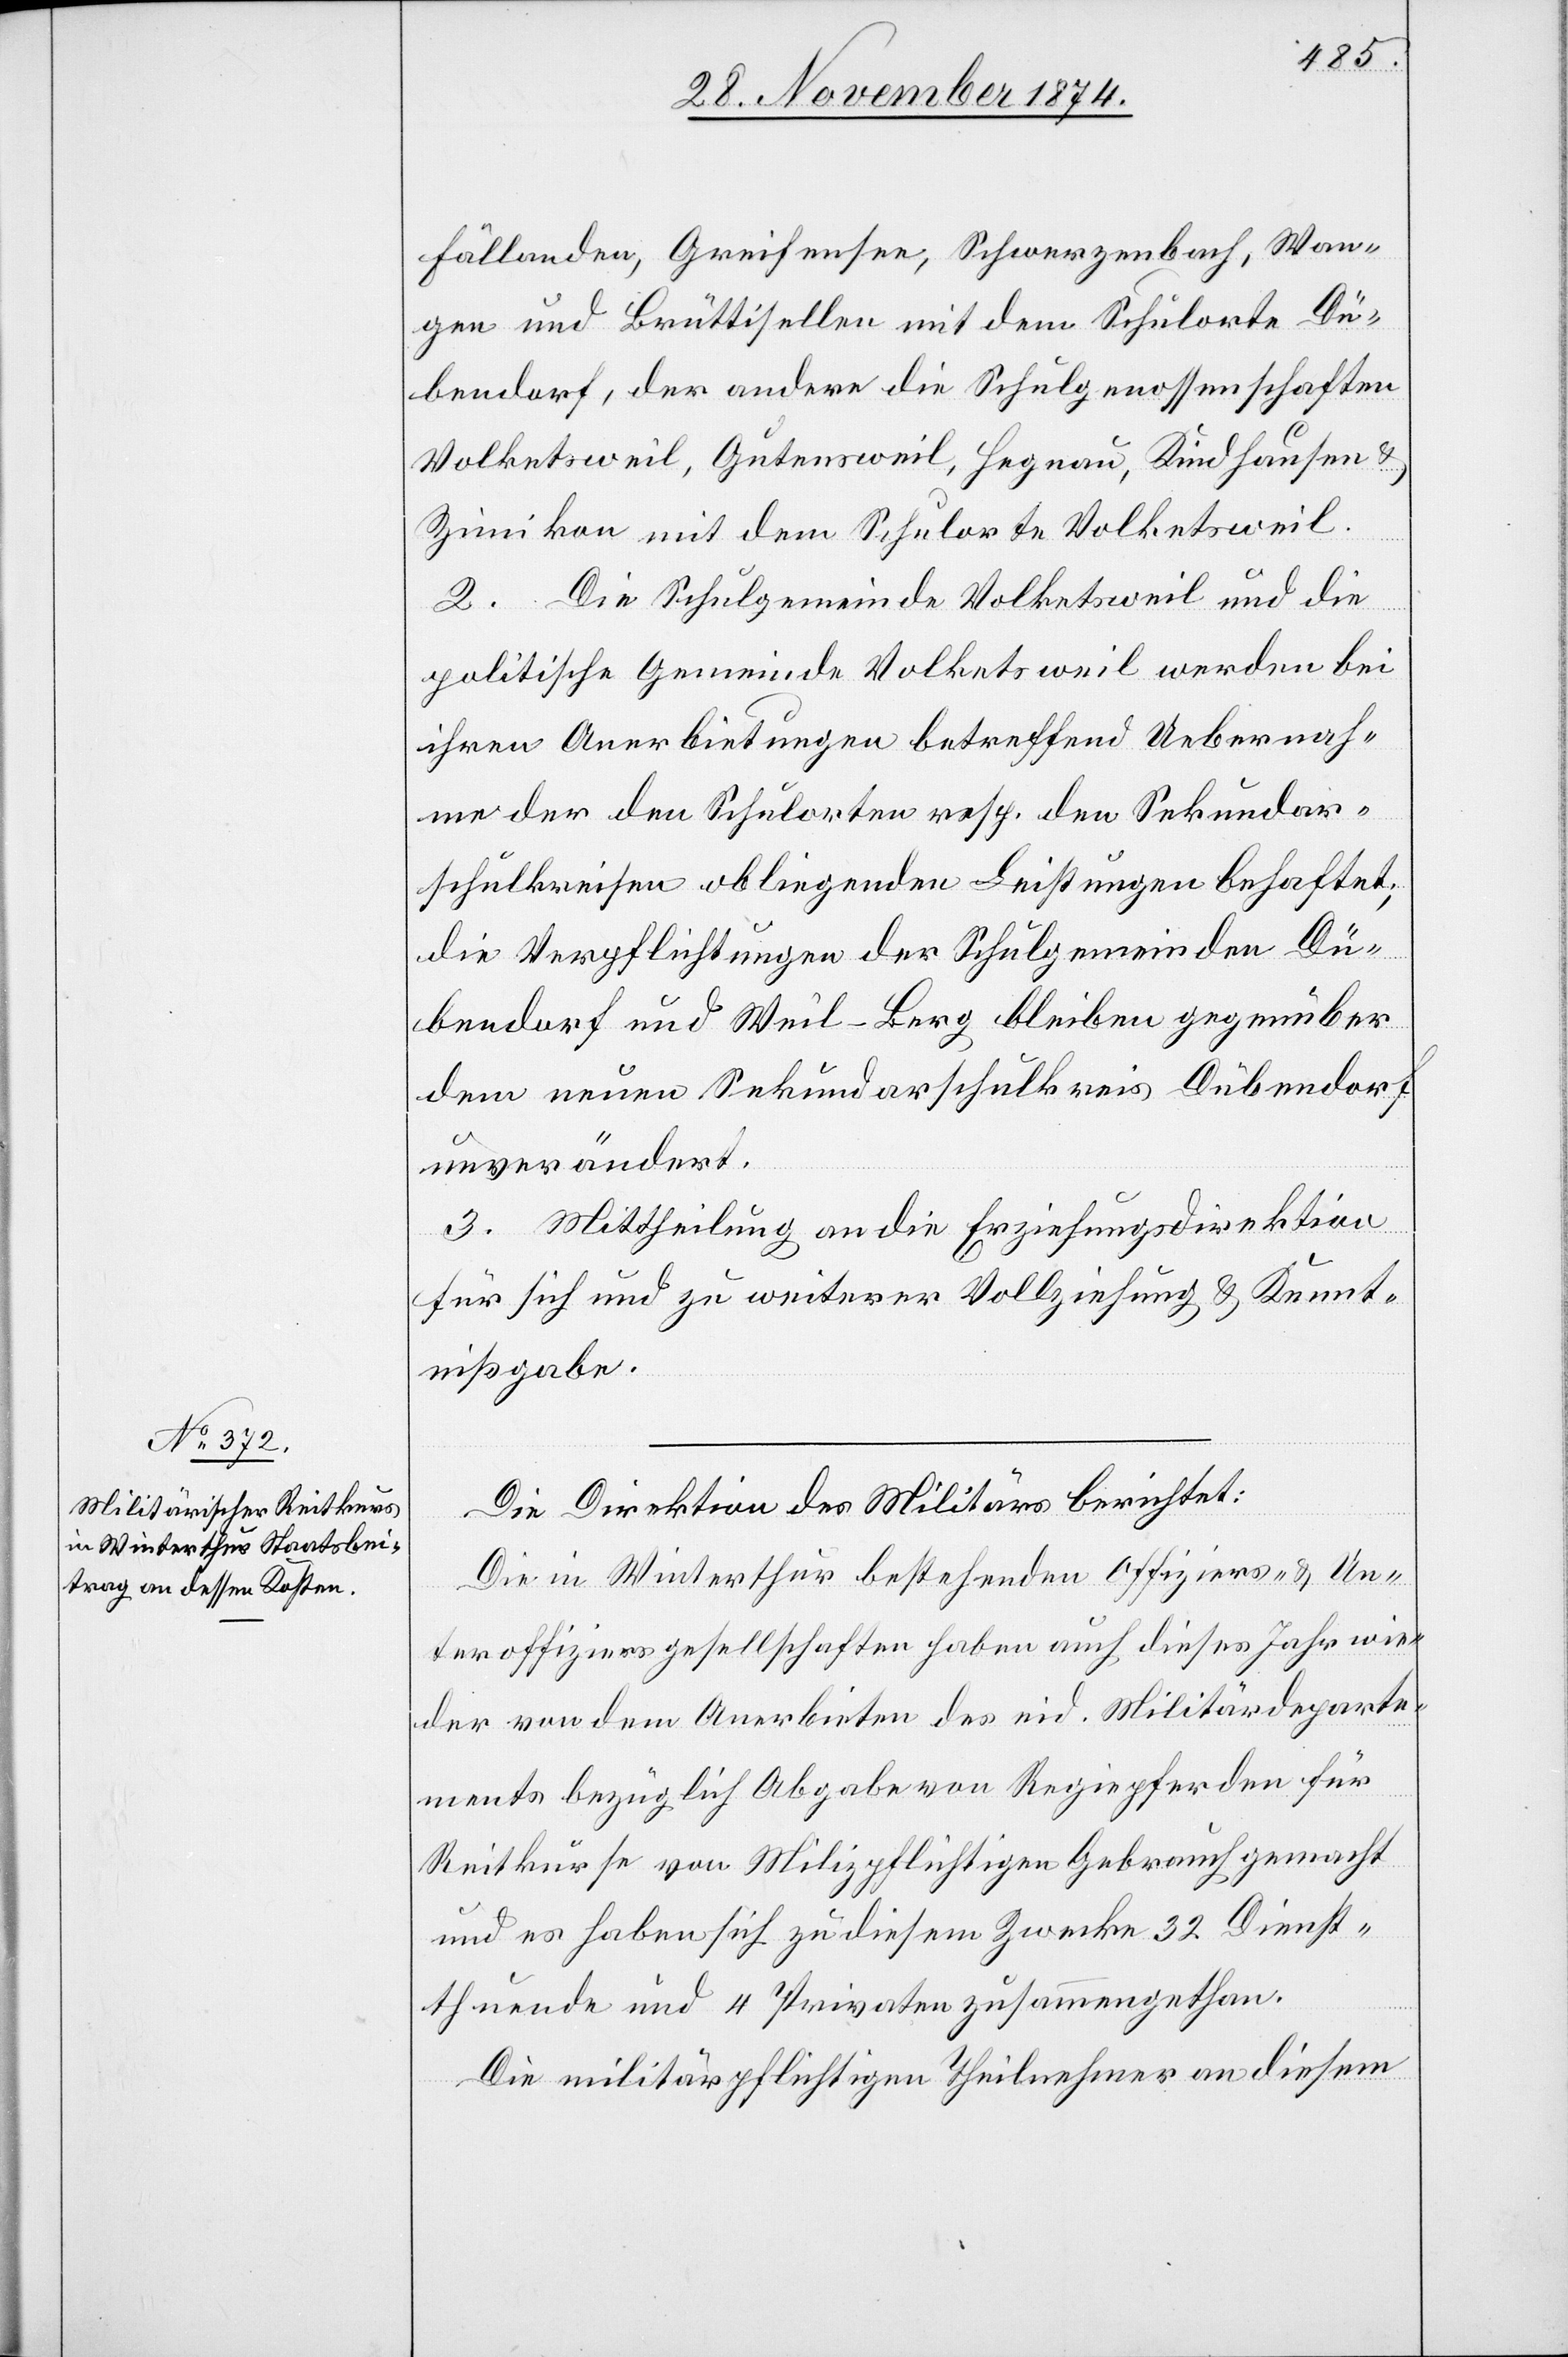
Fällanden, Greifensee, Schwerzenbach, Wan¬
gen und Brüttisellen mit dem Schulorte Dü¬
bendorf, der andere die Schulgenossenschaften
Volketsweil, Gutensweil, Hegnau, Kindhausen &
Zimikon mit dem Schulorte Volketsweil.
2. Die Schulgemeinde Volketsweil und die
politische Gemeinde Volketsweil werden bei
ihren Anerbietungen betreffend Uebernah¬
me der den Schulorten resp. den Sekundar¬
schulkreisen obliegenden Leistungen behaftet;
die Verpflichtungen der Schulgemeinden Dü¬
bendorf und Weil-Berg bleiben gegenüber
dem neuen Sekundarschulkreis Dübendorf
unverändert.
3. Mittheilung an die Erziehungsdirektion
für sich und zu weiterer Vollziehung & Kennt¬
nißgabe.
Die Direktion des Militärs berichtet:
Die in Winterthur bestehenden Offiziers- & Un¬
teroffiziersgesellschaften haben auch dieses Jahr wie¬
der von dem Anerbieten des eid. Militärdeparte¬
ments bezüglich Abgabe von Regiepferden für
Reitkurse von Milizpflichtigen Gebrauch gemacht
und es haben sich zu diesem Zwecke 32 Dienst¬
thuende und 4 Privaten zusammengethan.
Die militärpflichtigen Theilnehmer an diesem